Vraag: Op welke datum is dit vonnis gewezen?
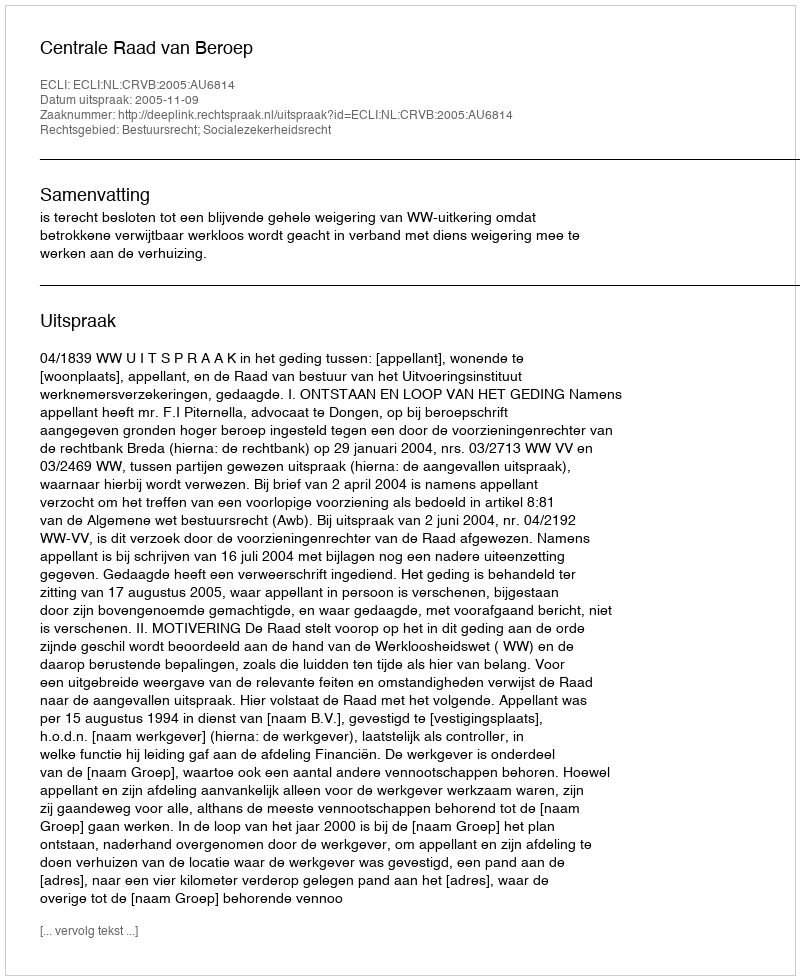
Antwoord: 2005-11-09